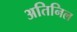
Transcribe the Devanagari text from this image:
अतिनिल